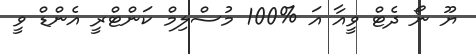
ޔޫ ނޯ ދެޓް ވީއާ އަ %100 މުސްލިމް ކަންޓްރީ އެންޑް ވީ